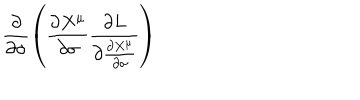
\displaystyle { \frac { \partial } { \partial \sigma } \left( \frac { \partial X ^ { \mu } } { \partial \sigma } \frac { \partial L } { \partial \frac { \partial X ^ { \mu } } { \partial \sigma } } \right) }